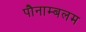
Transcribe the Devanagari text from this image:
पौनाम्बलम